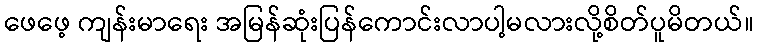
ဖေဖေ့ ကျန်းမာရေး အမြန်ဆုံးပြန်ကောင်းလာပါ့မလားလို့စိတ်ပူမိတယ်။